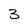
Character: 3